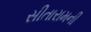
સીતારામની